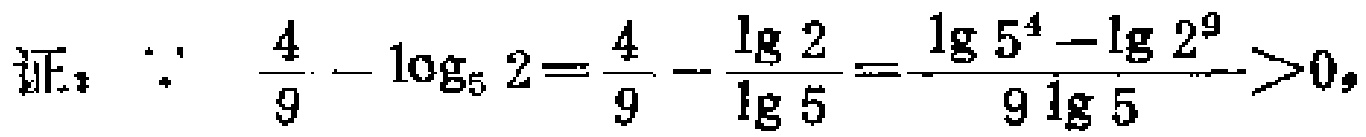
证：$\because$ $\frac{4}{9}-\log_{5}2=\frac{4}{9}-\frac{\lg2}{\lg5}=\frac{\lg5^{4}-\lg2^{9}}{9\lg5}>0$，